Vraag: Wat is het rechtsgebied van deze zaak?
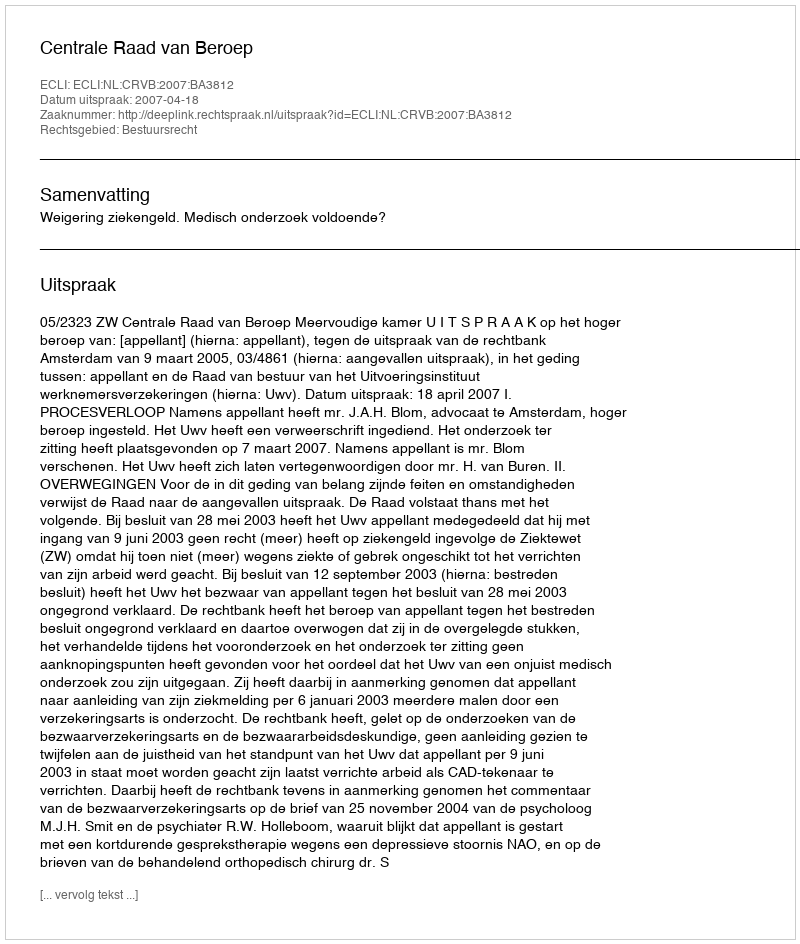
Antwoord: Bestuursrecht